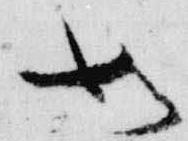
如